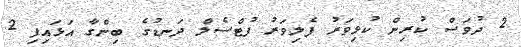
2 ދުވަސް ކުރިން ކުޅިވަރު ފެލިވަރު ފުޓްސެލް ދަނޑުގެ ބިންގާ އަޅައިފި 2